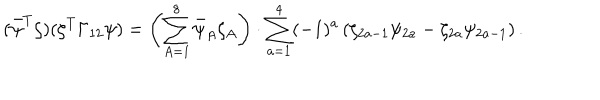
( \bar { \psi } ^ { T } \zeta ) ( \zeta ^ { T } \Gamma _ { 1 2 } \psi ) = \left( \sum _ { A = 1 } ^ { 8 } \bar { \psi } _ { A } \zeta _ { A } \right) \cdot \sum _ { a = 1 } ^ { 4 } ( - 1 ) ^ { a } \left( \zeta _ { 2 a - 1 } \psi _ { 2 a } - \zeta _ { 2 a } \psi _ { 2 a - 1 } \right) .